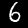
Digit: 6